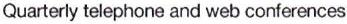
Quarterly telephone and web conferences